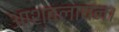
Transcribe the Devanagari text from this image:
आश्वलायन।